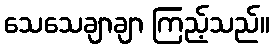
သေသေချာချာ ကြည့်သည်။